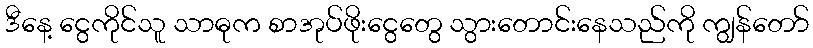
ဒီနေ့ ငွေကိုင်သူ သာဓုက စာအုပ်ဖိုးငွေတွေ သွားတောင်းနေသည်ကို ကျွန်တော်